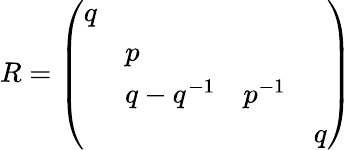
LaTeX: R=\left(\begin{array}{llll}{{q}}&{{}}&{{}}&{{}}\\ {{}}&{{p}}&{{}}&{{}}\\ {{}}&{{{q-q^{-1}}}}&{{{p^{-1}}}}&{{}}\\ {{}}&{{}}&{{}}&{{{q}}}\end{array}\right)